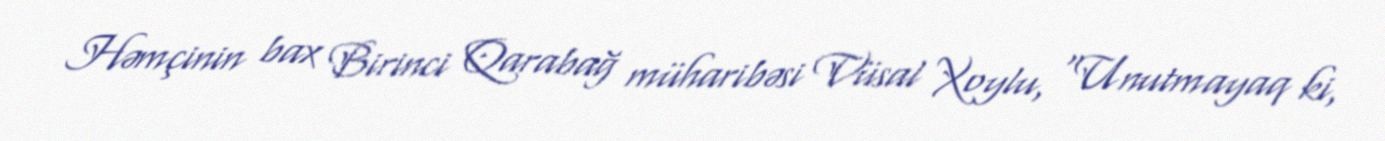
Həmçinin bax Birinci Qarabağ müharibəsi Vüsal Xoylu, "Unutmayaq ki,